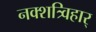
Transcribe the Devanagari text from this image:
नक्शत्र्विहार्